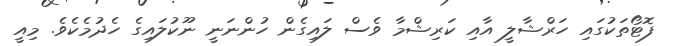
ފޮޓޯތަކުގައި ހަރްޝާލީ އާއި ކަރިޝްމާ ވެސް ލައިގެން ހުންނަނީ ނޫކުލައިގެ ހެދުމެކެވެ. މިއީ